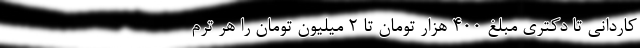
کاردانی تا دکتری مبلغ ۴۰۰ هزار تومان تا ۲ میلیون تومان را هر ترم